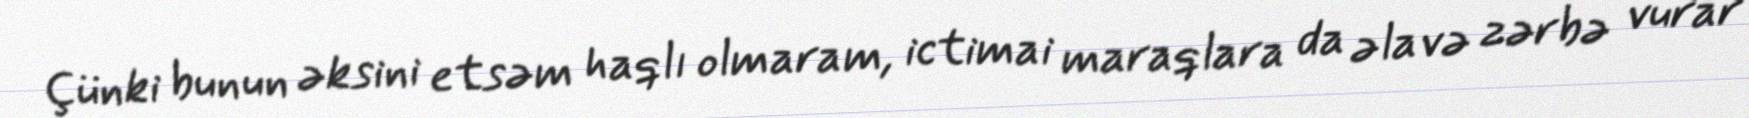
Çünki bunun əksini etsəm haqlı olmaram, ictimai maraqlara da əlavə zərbə vurar